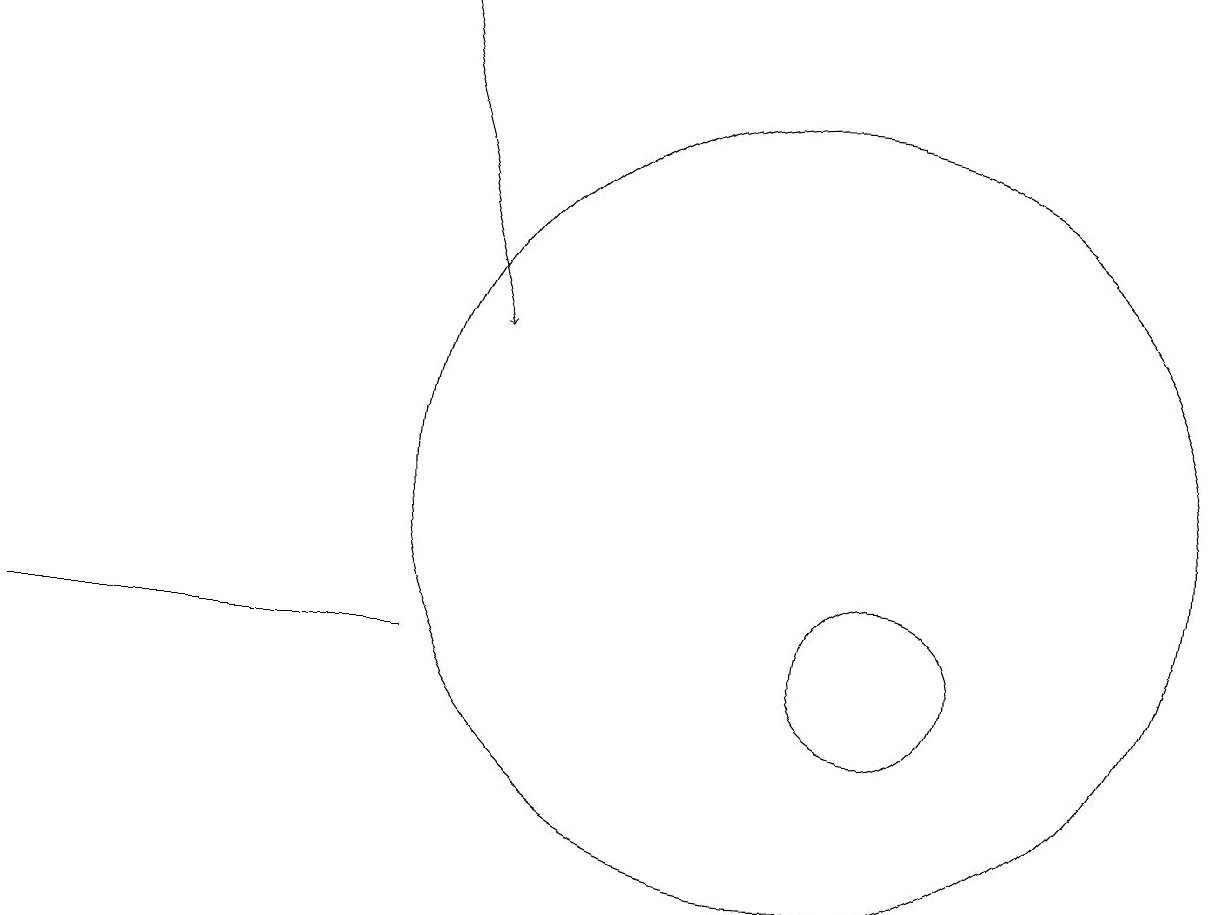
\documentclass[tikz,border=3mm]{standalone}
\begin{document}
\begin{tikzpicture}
\draw (1,10) rectangle (6,10);
\draw[->] (6,18) -- (7,14);
\draw (12,10) circle (1);
\draw (11,12) circle (5);
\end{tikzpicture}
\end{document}